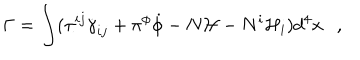
\Gamma = \int ( \pi ^ { i j } \dot { \gamma } _ { i j } + \pi ^ { \phi } \dot { \phi } - N { \mathcal { H } } - N ^ { i } { \mathcal { H } } _ { i } ) d ^ { 4 } x ,